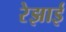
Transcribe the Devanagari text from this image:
रेझाई